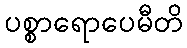
ပစ္စာရောပေမီတိ